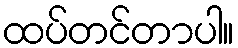
ထပ်တင်တာပါ။